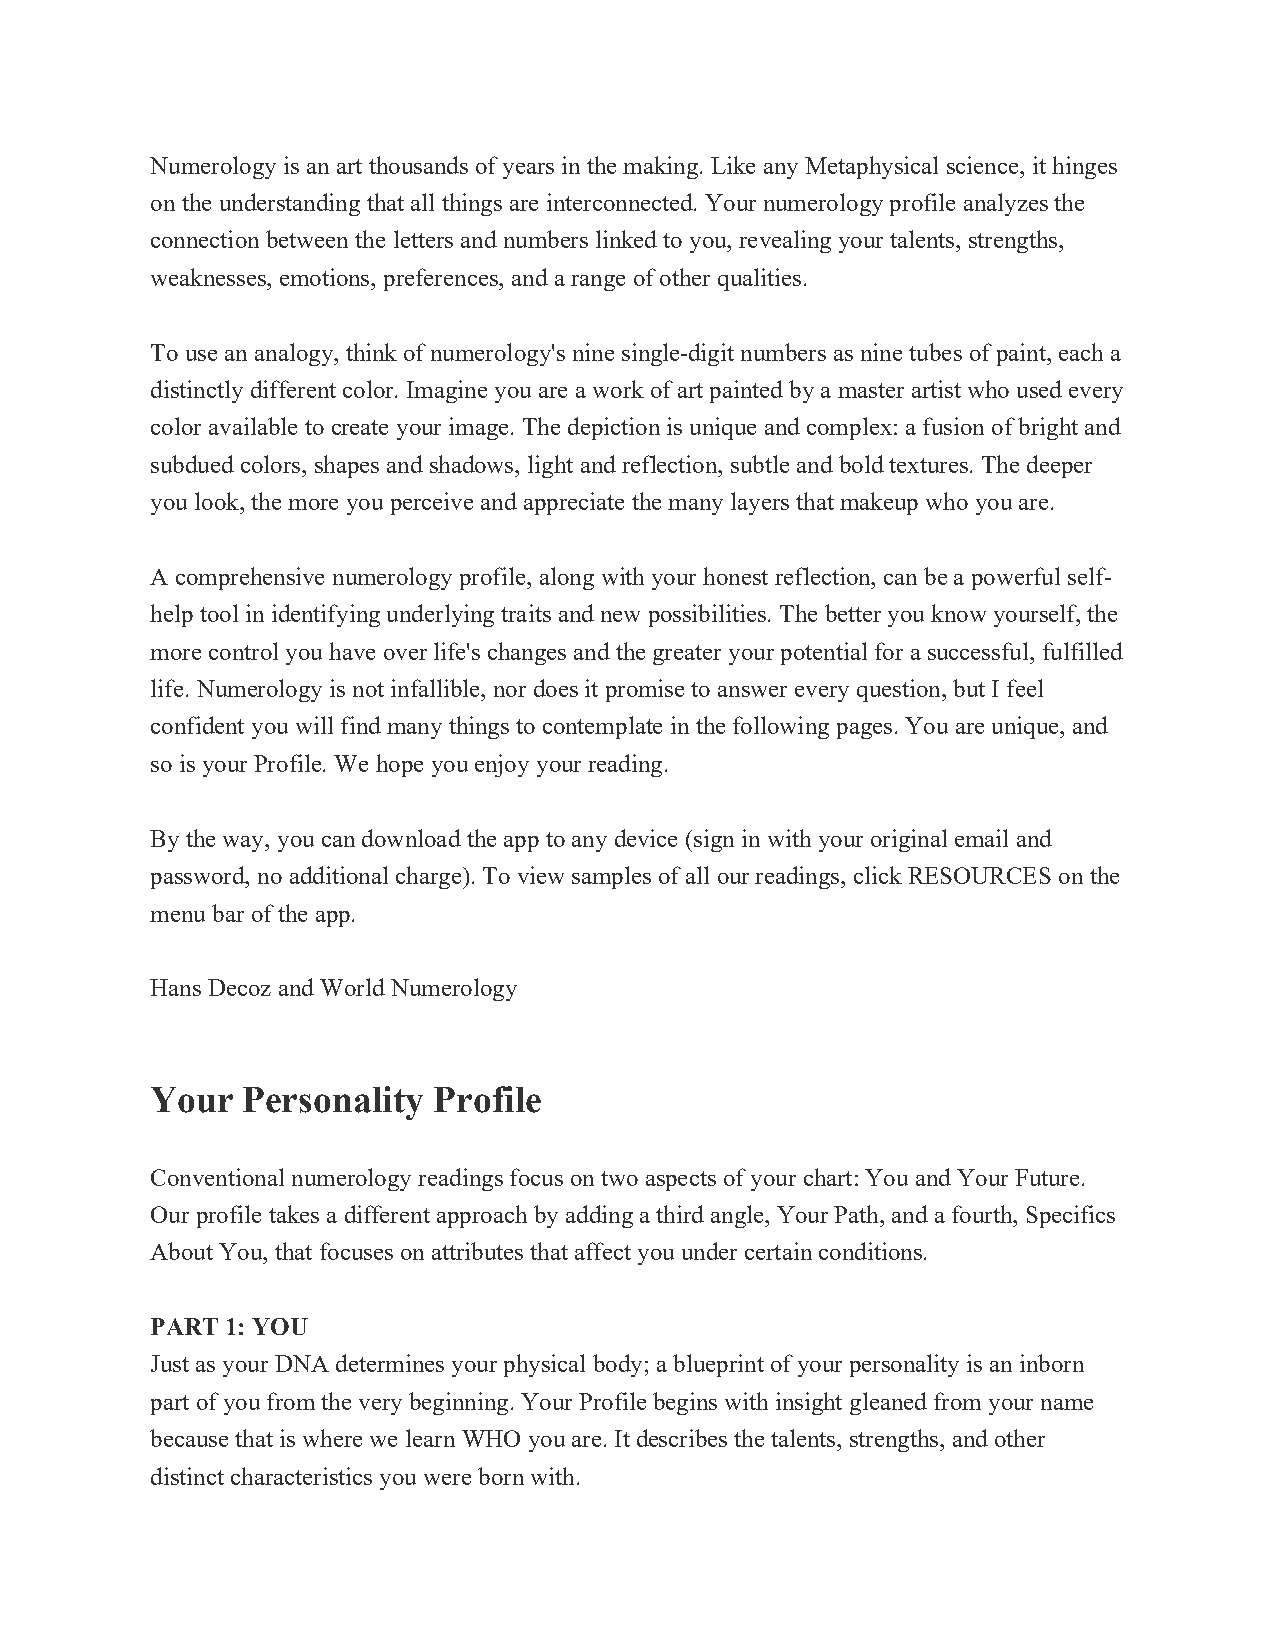
Numerology is an art thousands of years in the making. Like any Metaphysical science, it hinges
 on the understanding that all things are interconnected. Your numerology profile analyzes the
 connection between the letters and numbers linked to you, revealing your talents, strengths,
 weaknesses, emotions, preferences, and a range of other qualities.
 To use an analogy, think of numerology's nine single-digit numbers as nine tubes of paint, each a
 distinctly different color. Imagine you are a work of art painted by a master artist who used every
 color available to create your image. The depiction is unique and complex: a fusion of bright and
 subdued colors, shapes and shadows, light and reflection, subtle and bold textures. The deeper
 you look, the more you perceive and appreciate the many layers that makeup who you are.
 A comprehensive numerology profile, along with your honest reflection, can be a powerful self-
 help tool in identifying underlying traits and new possibilities. The better you know yourself, the
 more control you have over life's changes and the greater your potential for a successful, fulfilled
 life. Numerology is not infallible, nor does it promise to answer every question, but I feel
 confident you will find many things to contemplate in the following pages. You are unique, and
 so is your Profile. We hope you enjoy your reading.
 By the way, you can download the app to any device (sign in with your original email and
 password, no additional charge). To view samples of all our readings, click RESOURCES on the
 menu bar of the app.
 Hans Decoz and World Numerology
 Your  Personality  Profile
 Conventional numerology readings focus on two aspects of your chart: You and Your Future.
 Our profile takes a different approach by adding a third angle, Your Path, and a fourth, Specifics
 About You, that focuses on attributes that affect you under certain conditions.
 PART 1: YOU
 Just as your DNA determines your physical body; a blueprint of your personality is an inborn
 part of you from the very beginning. Your Profile begins with insight gleaned from your name
 because that is where we learn WHO you are. It describes the talents, strengths, and other
 distinct characteristics you were born with.